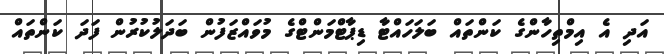
އަދި އެ އިމްތިހާންގެ ކަންތައް ބަލަހައްޓާ ޑިޕާޓްމަންޓްގެ މުވައްޒަފުން ބަދަލުކުރުން ފަދަ ކަންތައް